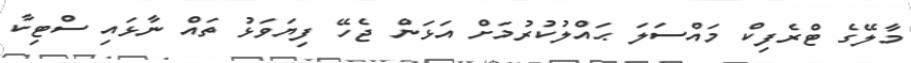
މާލޭގެ ޓްރެފިކް މައްސަލަ ޙައްލުކުރުމަށް އަޅަން ޖެހޭ ފިޔަވަޅު ތައް ނާޅައި ސްޓިކާ